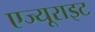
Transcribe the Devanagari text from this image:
एज्यूराइट